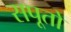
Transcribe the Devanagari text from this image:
सपूतो